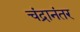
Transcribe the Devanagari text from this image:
चंद्रानंतर